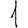
Digit: 1